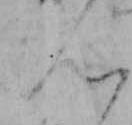
ん